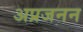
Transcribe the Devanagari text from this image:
अप्रजनन